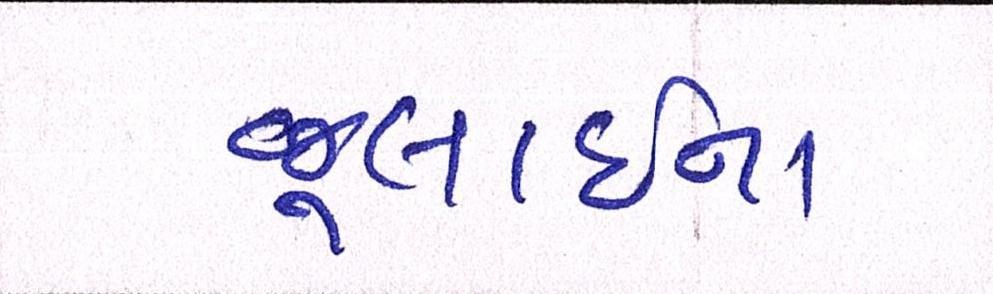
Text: જૂલાઈના